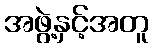
အဖွဲ့နှင့်အတူ